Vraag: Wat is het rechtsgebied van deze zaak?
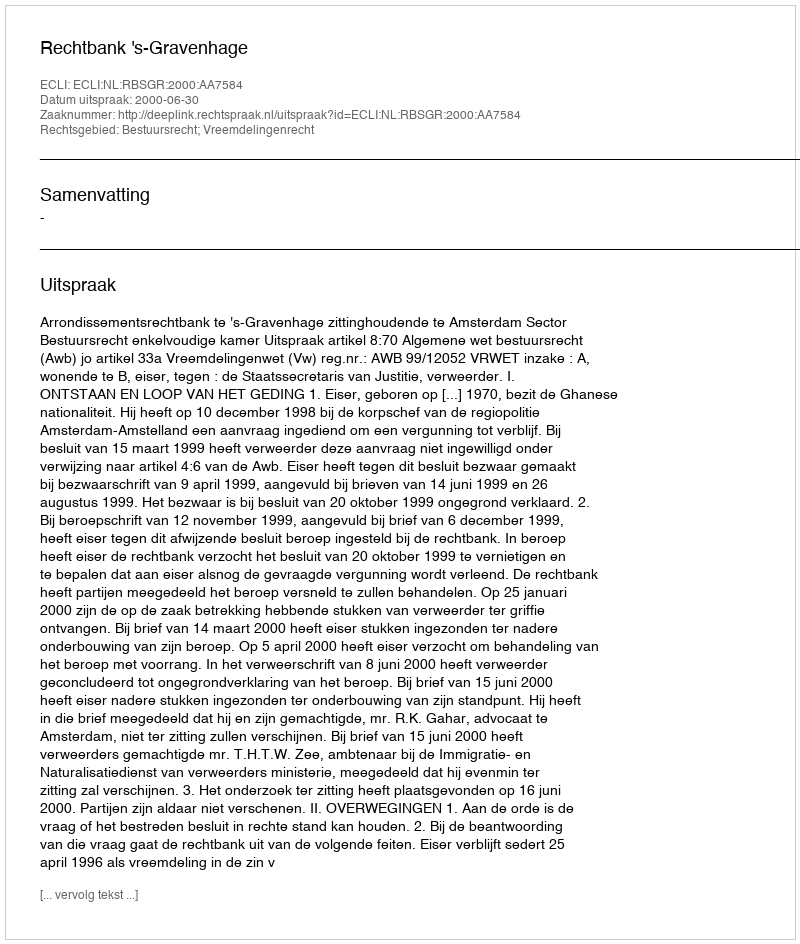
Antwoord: Bestuursrecht; Vreemdelingenrecht